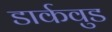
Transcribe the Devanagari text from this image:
डार्कवुड